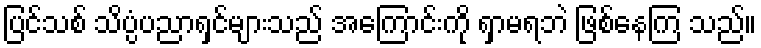
ပြင်သစ် သိပ္ပံပညာရှင်များသည် အကြောင်းကို ရှာမရဘဲ ဖြစ်နေကြ သည်။